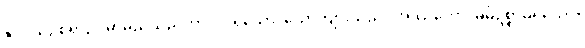
နှိုင်းယှဉ်စရာဥပမာမည်သည်ကား။ ပုရိသော၊ ယောကျ်ားသည်။ အဿကော၊ မိမိဥစ္စာမရှိသော။